Annual administration report of the Civil Veterinary Department of India - 1897-1898
Year: 1897
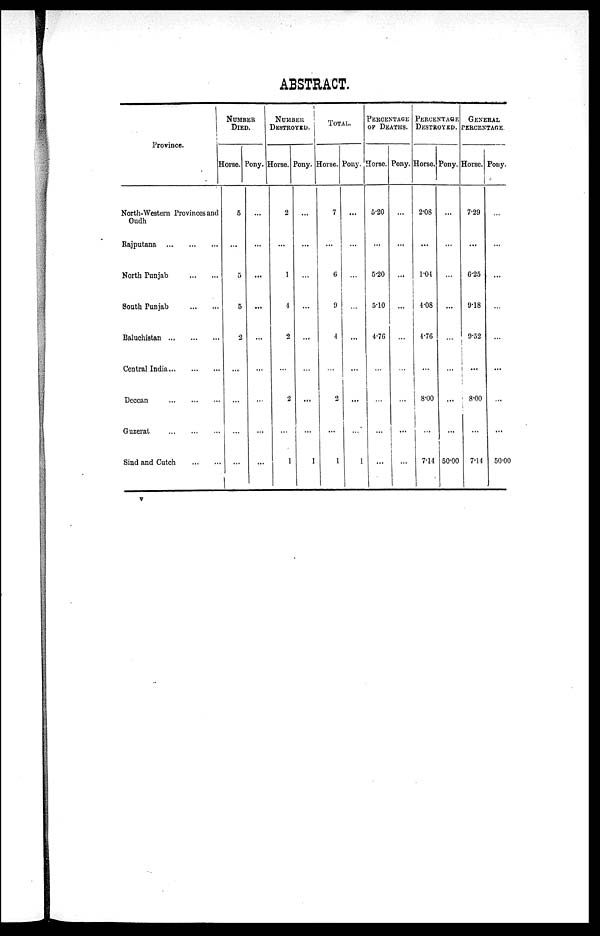
ABSTRACT.
Province.
North-Western Provinces and
Oudh
Rajputana ... ... ...
North Punjab
...
...
South Punjab
...
...
Baluchistan
...
...
...
Central India
...
...
...
Deccan
...
...
...
Guzerat
...
...
...
Sind and Cutch
...
...
NUMBER
DIED.
Horse.
5
...
5
5
2
...
...
...
...
Pony.
...
...
...
...
...
...
...
...
...
NUMBER
DESTROYED.
Horse.
2
...
1
4
2
...
2
...
1
Pony.
...
...
...
...
...
...
...
...
1
TOTAL.
Horse.
7
...
6
9
4
...
2
...
1
Pony.
...
...
...
...
...
...
...
...
1
PERCENTAGE
OF DEATHS.
Horse.
5.20
...
5.20
5.10
4.76
...
...
...
...
Pony.
...
...
...
...
...
...
...
...
...
PERCENTAGE
DESTROYED.
Horse.
2.08
...
1.04
4.08
4.76
...
8.00
...
7.14
Pony.
...
...
...
...
...
...
...
...
50.00
GENERAL
PERCENTAGE.
Horse.
7.29
...
6.25
9.18
9.52
...
8.00
...
7.14
Pony.
...
...
...
...
...
...
...
...
50.00